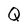
Character: Q